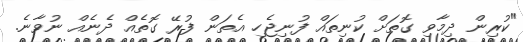
"ކުރިން ދިމާވި ގޮތަށް ކުނިތައް ފުނިޖެހި އެތަން ފުރޭ ގޮތެއް ދެނެއް ނުވާނެ.